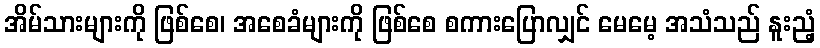
အိမ်သားများကို ဖြစ်စေ၊ အစေခံများကို ဖြစ်စေ စကားပြောလျှင် မေမေ့ အသံသည် နူးညံ့